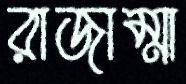
রাজাম্মা